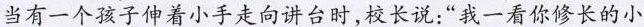
当有一个孩子伸着小手走向讲台时，校长说：“我一看你修长的小